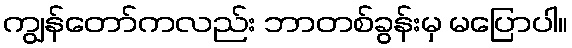
ကျွန်တော်ကလည်း ဘာတစ်ခွန်းမှ မပြောပါ။